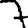
Digit: 7